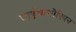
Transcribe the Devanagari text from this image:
पाईथागोरियन